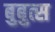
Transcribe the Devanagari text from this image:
बुबुत्स